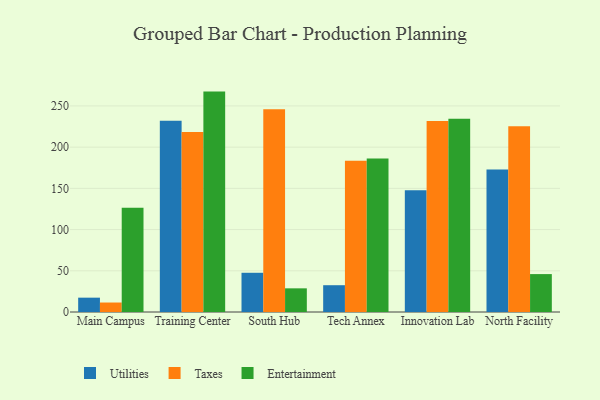
{"axis": {"x": "Campus", "y": "Shipments"}, "legend": ["Entertainment", "Taxes", "Utilities"], "data": [{"x": "Main Campus", "y": 17.4, "type": "Utilities"}, {"x": "Main Campus", "y": 11.5, "type": "Taxes"}, {"x": "Main Campus", "y": 126.5, "type": "Entertainment"}, {"x": "Training Center", "y": 232.0, "type": "Utilities"}, {"x": "Training Center", "y": 218.3, "type": "Taxes"}, {"x": "Training Center", "y": 267.4, "type": "Entertainment"}, {"x": "South Hub", "y": 47.6, "type": "Utilities"}, {"x": "South Hub", "y": 246.0, "type": "Taxes"}, {"x": "South Hub", "y": 28.7, "type": "Entertainment"}, {"x": "Tech Annex", "y": 32.5, "type": "Utilities"}, {"x": "Tech Annex", "y": 183.5, "type": "Taxes"}, {"x": "Tech Annex", "y": 186.2, "type": "Entertainment"}, {"x": "Innovation Lab", "y": 147.6, "type": "Utilities"}, {"x": "Innovation Lab", "y": 231.6, "type": "Taxes"}, {"x": "Innovation Lab", "y": 234.6, "type": "Entertainment"}, {"x": "North Facility", "y": 173.0, "type": "Utilities"}, {"x": "North Facility", "y": 225.5, "type": "Taxes"}, {"x": "North Facility", "y": 46.0, "type": "Entertainment"}]}